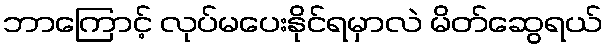
ဘာကြောင့် လုပ်မပေးနိုင်ရမှာလဲ မိတ်ဆွေရယ်